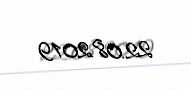
22.08.2019